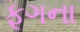
ફૂગના